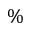
\%